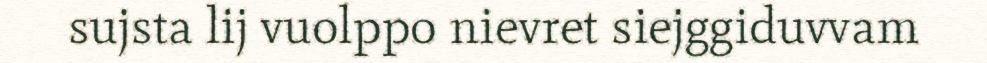
sujsta lij vuolppo nievret siejggiduvvam